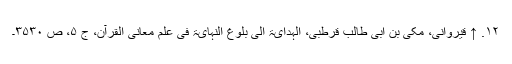
۱۲. ↑ قیروانی، مکی بن ابی طالب قرطبی، الہدایۃ الی بلوغ النہایۃ فی علم معانی القرآن، ج ۵، ص ۳۵۳۰۔